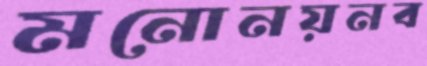
মনোনয়নব